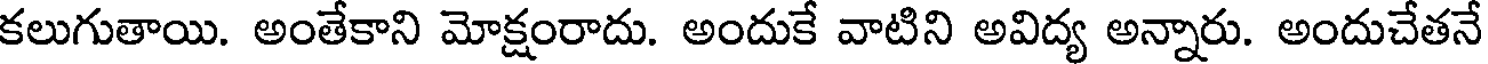
కలుగుతాయి. అంతేకాని మోక్షంరాదు. అందుకే వాటిని అవిద్య అన్నారు. అందుచేతనే